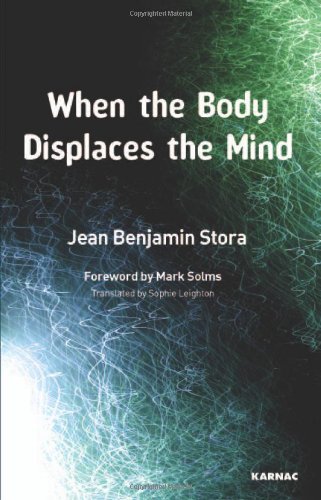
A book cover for When the Body Displaces the Mind: Stress, Trauma and Somatic Disease; Jean Benjamin Stora; Health, Fitness & Dieting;